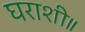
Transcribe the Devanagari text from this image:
घराशी॥